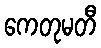
ကေတုမတီ